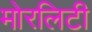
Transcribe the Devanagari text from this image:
मोरलिटी